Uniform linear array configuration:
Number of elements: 8
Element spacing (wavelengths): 0.25
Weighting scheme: kaiser
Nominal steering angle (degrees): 60
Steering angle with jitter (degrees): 58.424
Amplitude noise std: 0.05
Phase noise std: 0.05

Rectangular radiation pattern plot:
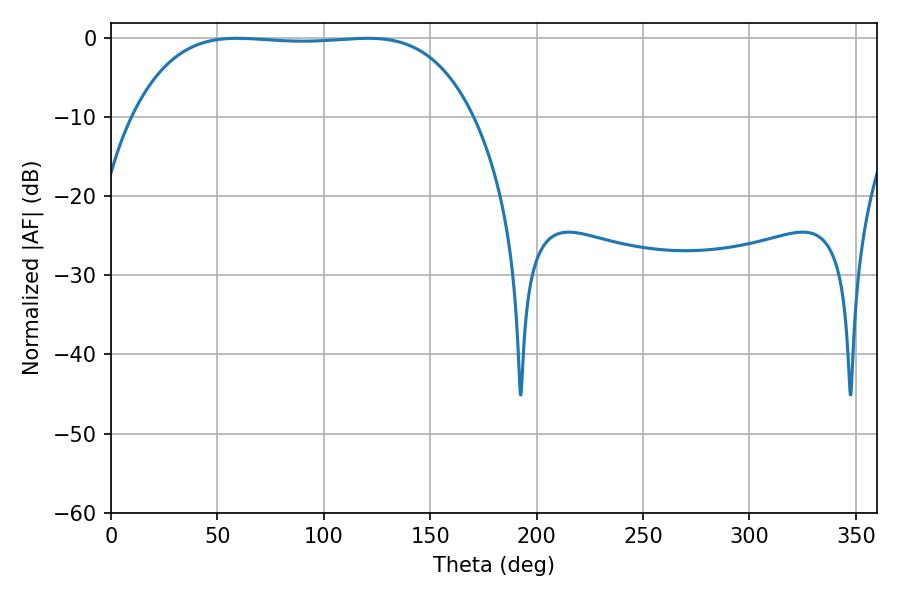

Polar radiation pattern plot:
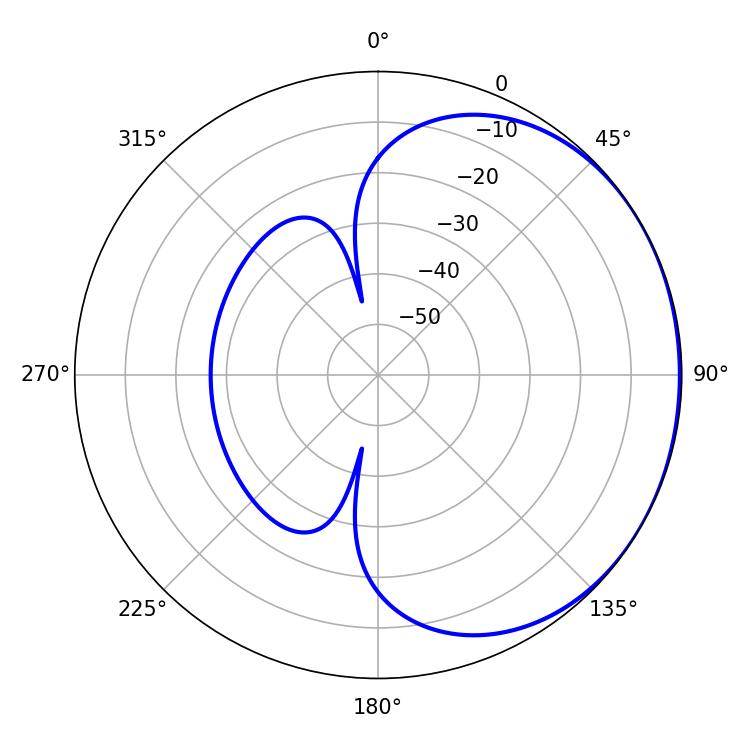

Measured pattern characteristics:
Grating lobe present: FALSE
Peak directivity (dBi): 0.7541
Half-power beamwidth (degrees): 124.92
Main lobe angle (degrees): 59.4